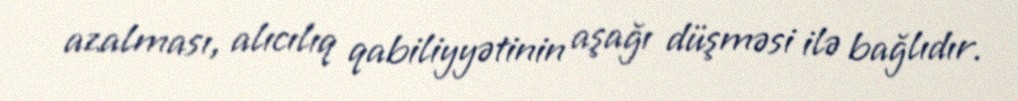
azalması, alıcılıq qabiliyyətinin aşağı düşməsi ilə bağlıdır.